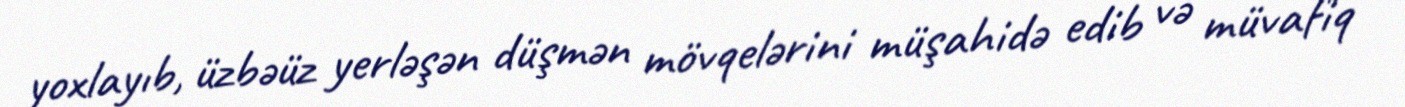
yoxlayıb, üzbəüz yerləşən düşmən mövqelərini müşahidə edib və müvafiq